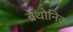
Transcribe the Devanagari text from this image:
ब्रेथोनिक